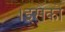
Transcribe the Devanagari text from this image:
।इसको